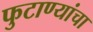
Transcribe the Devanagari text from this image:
फुटाण्यांचा